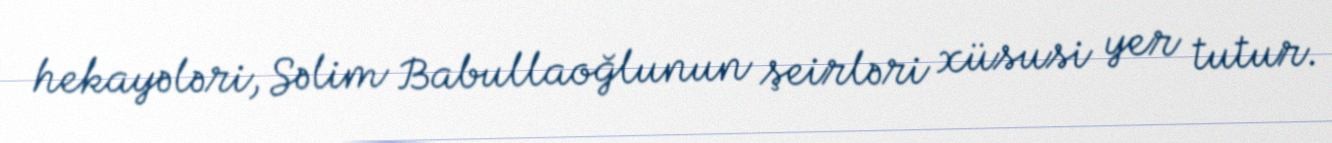
hekayələri, Səlim Babullaoğlunun şeirləri xüsusi yer tutur.